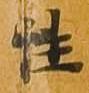
性